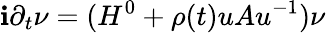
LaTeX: \mathbf{i}\partial_{t}\nu=(H^{0}+\rho(t)uAu^{-1})\nu